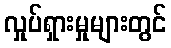
လှုပ်ရှားမှုများတွင်